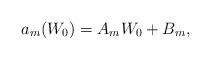
LaTeX: \begin{align*}a_m(W_0)=A_mW_0+B_m, \end{align*}